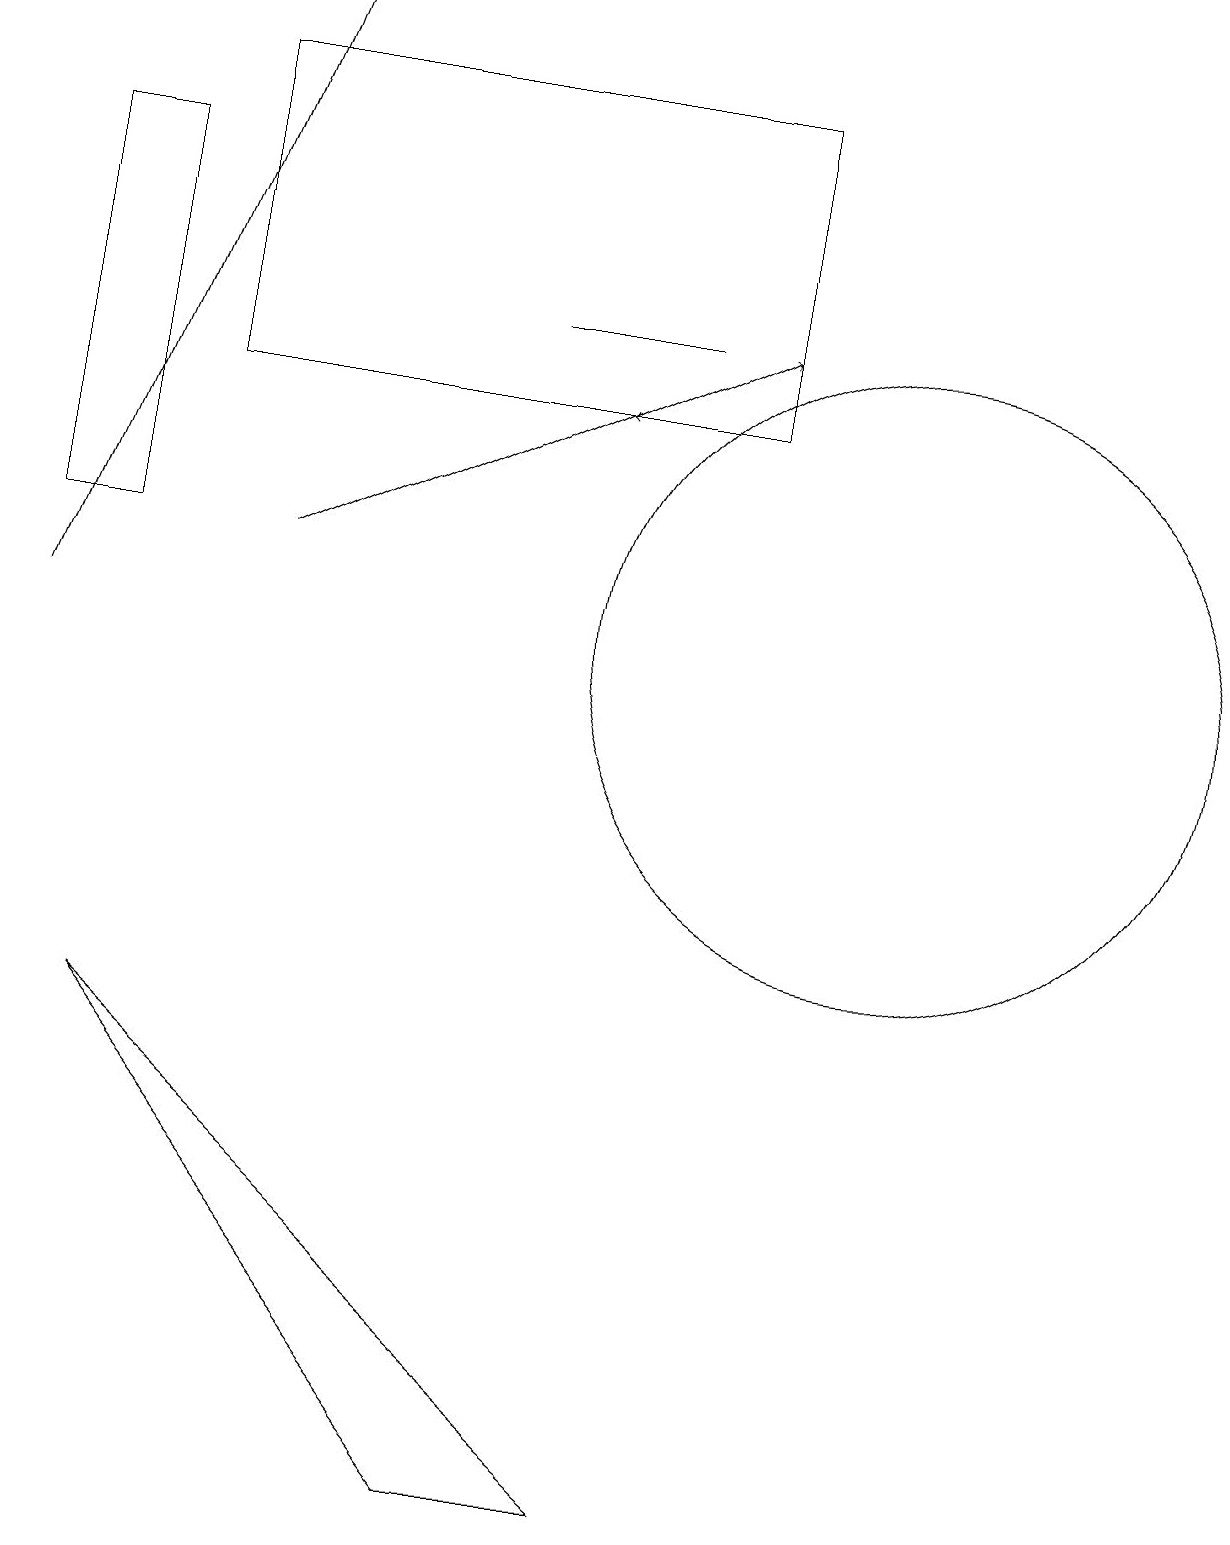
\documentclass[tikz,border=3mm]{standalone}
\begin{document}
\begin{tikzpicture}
\draw (1,17) rectangle (0,12);
\draw (9,14) rectangle (2,18);
\draw (11,11) circle (4);
\draw[->] (3,12) -- (9,15);
\draw (6,0) -- (1,6) -- (8,0) -- cycle;
\draw[->] (8,14) -- (7,14);
\draw[->] (0,11) -- (3,19);
\draw (8,15) rectangle (6,15);
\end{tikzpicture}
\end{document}